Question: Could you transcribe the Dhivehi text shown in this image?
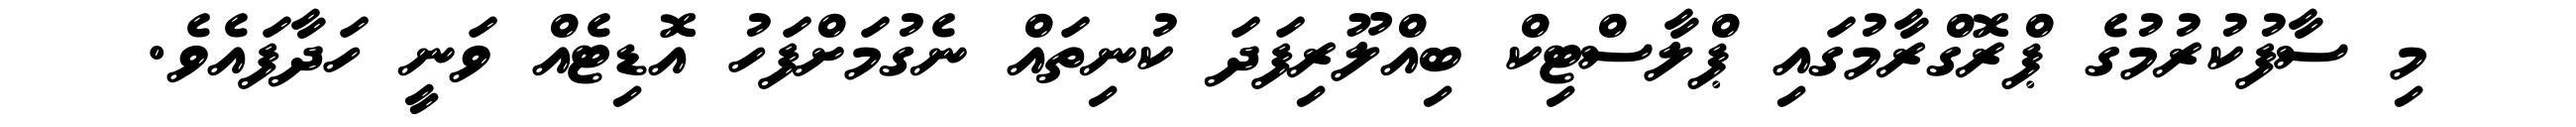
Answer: މި ސާފުކުރުމުގެ ޕްރޮގްރާމުގައި ޕްލާސްޓިކް ބިއްލޫރިފަދަ ކުނިތައް ނެގުމަށްފަހު އޮޑިޓެއް ވަނީ ހަދާފައެވެ.